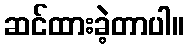
ဆင်ထားခဲ့တာပါ။